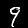
Digit: 9